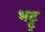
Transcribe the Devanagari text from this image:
भट्ट्